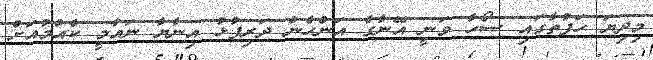
މިދިޔަ ހަފުތާގައި ސޯހާ ވަނީ އޭނާގެ އަންހެން ދަރިފުޅު އިނާޔާ ނައުމީ ކެއްމުއަށް